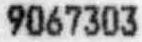
9067303